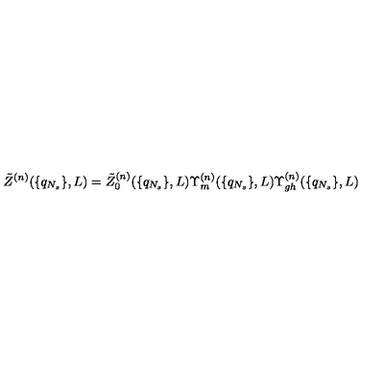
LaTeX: \tilde { Z } ^ { ( n ) } ( \{ q _ { N _ { s } } \} , L ) = \tilde { Z } _ { 0 } ^ { ( n ) } ( \{ q _ { N _ { s } } \} , L ) \Upsilon _ { m } ^ { ( n ) } ( \{ q _ { N _ { s } } \} , L ) \Upsilon _ { g h } ^ { ( n ) } ( \{ q _ { N _ { s } } \} , L )